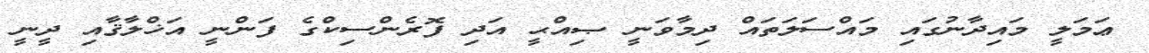
ޢަމަލީ މައިދާނުގައި މައްސަލަތައް ދިމާވަނީ ޞިއްޙީ އަދި ފޮރެންސިކްގެ ފަންނީ އަޚްލާޤާއި ދީނީ